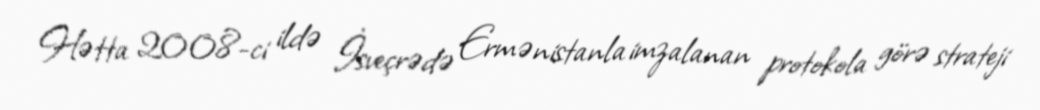
Hətta 2008-ci ildə İsveçrədə Ermənistanla imzalanan protokola görə strateji